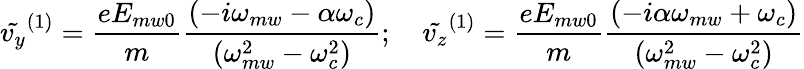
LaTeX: \tilde{v_{y}}^{(1)}=\frac{eE_{mw0}}{m}\frac{(-i\omega_{mw}-\alpha\omega_{c})}{(\omega_{mw}^{2}-\omega_{c}^{2})};\quad\tilde{v_{z}}^{(1)}=\frac{eE_{mw0}}{m}\frac{(-i\alpha\omega_{mw}+\omega_{c})}{(\omega_{mw}^{2}-\omega_{c}^{2})}